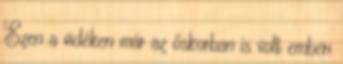
Ezen a vidéken már az őskorban is volt emberi